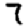
Digit: 7